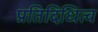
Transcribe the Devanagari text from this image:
प्रतिदिधित्व